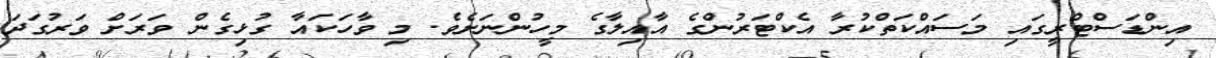
އިންޑަސްޓްރީގައި މަސައްކަތްކުރާ އެކްޓަރުންގެ އާއިލާގެ މީހުންނަށެވެ. މި ވާހަކައާ ގުޅިގެން ވަރަށް ވަރުގަދަ